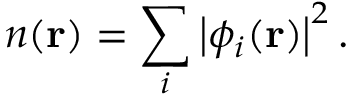
n ( \mathbf { r } ) = \sum _ { i } \left| \phi _ { i } ( \mathbf { r } ) \right| ^ { 2 } .